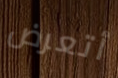
أتعرض